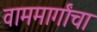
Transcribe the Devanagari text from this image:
वाममार्गांचा